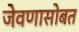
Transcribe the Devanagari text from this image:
जेवणासोबत